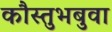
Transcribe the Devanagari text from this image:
कौस्तुभबुवा